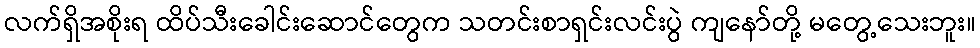
လက်ရှိအစိုးရ ထိပ်သီးခေါင်းဆောင်တွေက သတင်းစာရှင်းလင်းပွဲ ကျနော်တို့ မတွေ့သေးဘူး။